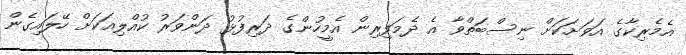
އެމެރިކާގެ އަވަށަކަށް ނިސްބަތްވާ އެ ދެމަފިރިން އެމީހުންގެ ދަރިފުޅު ދަންވަރު ކުއްލިއަކަށް ހޭލައިގެން